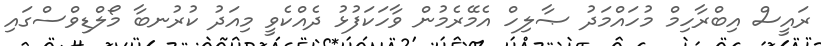
ރައީސް އިބްރާހިމް މުހައްމަދު ޞާލިހް އެމޭރެމުން ވާހަކަފުޅު ދެއްކެވީ މިއަދު ކުރުނބާ މޯލްޑިވްސްގައި